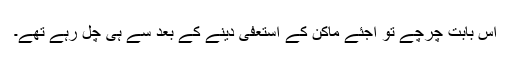
اس بابت چرچے تو اجئے ماکن کے استعفیٰ دینے کے بعد سے ہی چل رہے تھے۔